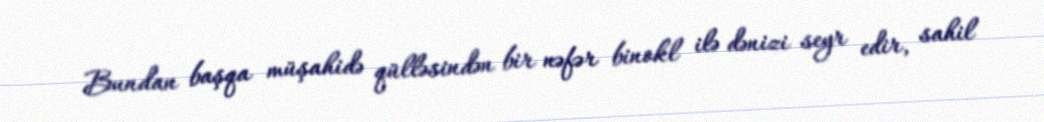
Bundan başqa müşahidə qülləsindən bir nəfər binokl ilə dənizi seyr edir, sahil